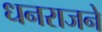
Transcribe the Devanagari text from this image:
धनराजने